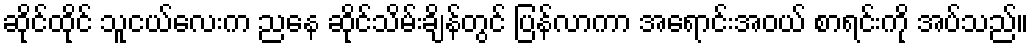
ဆိုင်ထိုင် သူငယ်လေးက ညနေ ဆိုင်သိမ်းချိန်တွင် ပြန်လာကာ အရောင်းအဝယ် စာရင်းကို အပ်သည်။